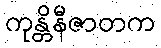
ကုန္တိနီဇာတက